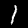
Digit: 1